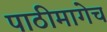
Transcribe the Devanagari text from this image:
पाठीमागेच